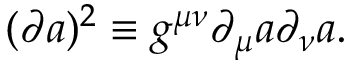
( \partial a ) ^ { 2 } \equiv g ^ { \mu \nu } \partial _ { \mu } a \partial _ { \nu } a .